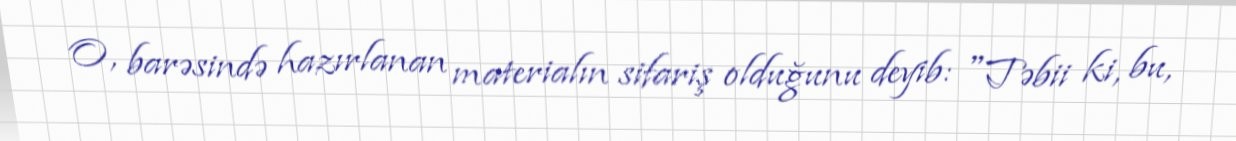
O, barəsində hazırlanan materialın sifariş olduğunu deyib: "Təbii ki, bu,